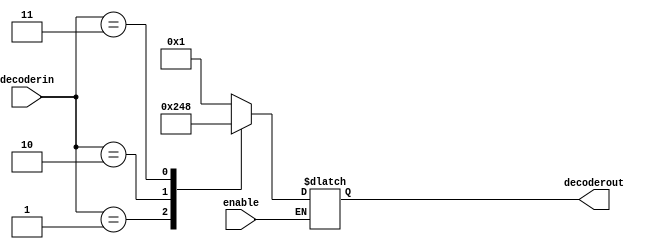
`timescale 1ns / 1ps

module decoder(decoderin,enable,decoderout);

input [1:0] decoderin;
input enable;
output reg [3:0] decoderout;
always@(decoderin or enable)
begin
if (enable)
begin
case(decoderin)
2'b00:decoderout=4'b0001;
2'b01:decoderout=4'b0010;
2'b10:decoderout=4'b0100;
2'b11:decoderout=4'b1000;
endcase
end

end

endmodule